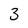
Character: 3